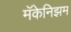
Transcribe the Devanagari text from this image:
मॅकेनिझम